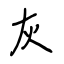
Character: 灰